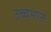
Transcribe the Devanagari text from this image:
उच्चमान